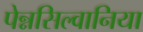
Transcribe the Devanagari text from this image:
पेन्नसिल्वानिया